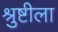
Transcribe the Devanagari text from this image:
श्रुष्टीला